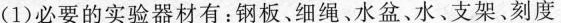
(1)必要的实验器材有：钢板、细绳、水盆、水、支架、刻度